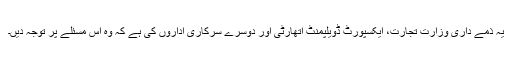
یہ ذمے داری وزارت تجارت، ایکسپورٹ ڈویلپمنٹ اتھارٹی اور دوسرے سرکاری اداروں کی ہے کہ وہ اس مسئلے پر توجہ دیں۔